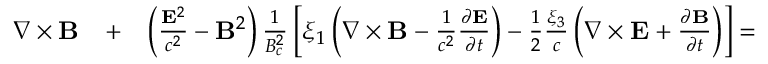
\begin{array} { r l r } { \nabla \times { \bf B } } & { { } + } & { \left( \frac { { \bf E } ^ { 2 } } { c ^ { 2 } } - { \bf B } ^ { 2 } \right) \frac { 1 } { B _ { c } ^ { 2 } } \left[ \xi _ { 1 } \left( \nabla \times { \bf B } - \frac { 1 } { c ^ { 2 } } \frac { \partial { \bf E } } { \partial t } \right) - \frac { 1 } { 2 } \frac { \xi _ { 3 } } { c } \left( \nabla \times { \bf E } + \frac { \partial { \bf B } } { \partial t } \right) \right] = } \end{array}